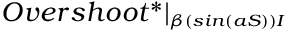
O v e r s h o o t ^ { * } | _ { \substack { _ { \beta ( s i n ( a S ) ) I } } }